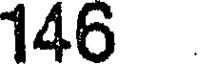
146